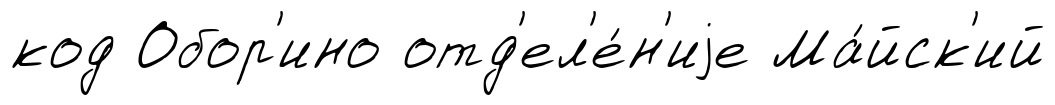
код Обор'ино отд'ел'е́н'иjе Ма́йск'ий